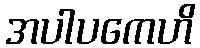
အပါပကေဟိ